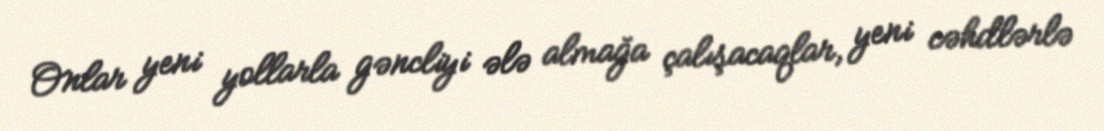
Onlar yeni yollarla gəncliyi ələ almağa çalışacaqlar, yeni cəhdlərlə